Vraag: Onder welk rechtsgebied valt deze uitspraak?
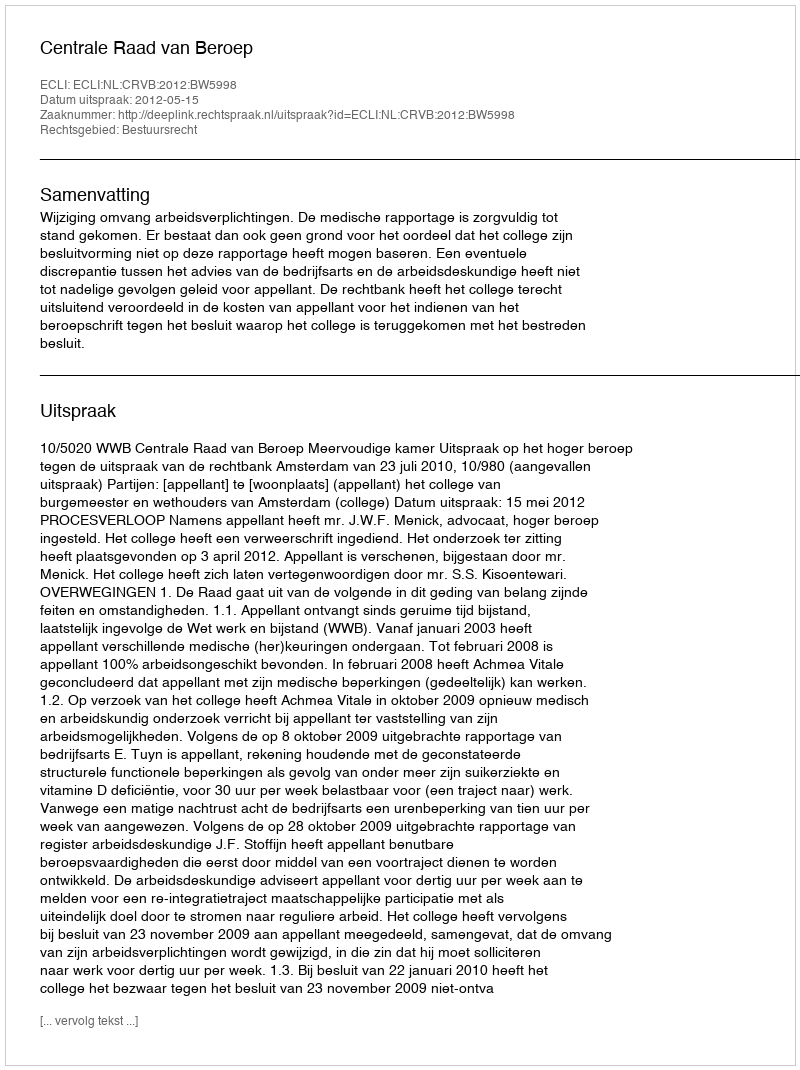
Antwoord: Bestuursrecht